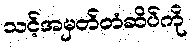
သင့်အမှတ်တံဆိပ်ကို